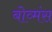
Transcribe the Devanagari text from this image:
बोव्मंस